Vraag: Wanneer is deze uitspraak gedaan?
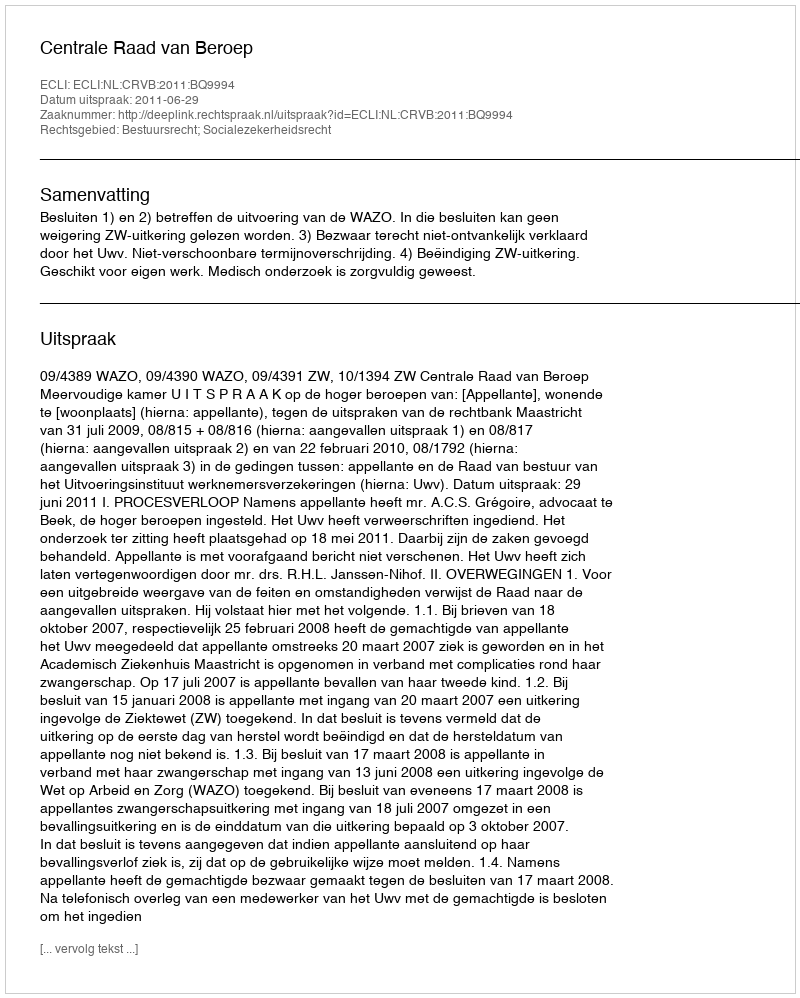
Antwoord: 2011-06-29